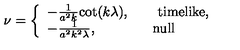
\nu = \left\{ \begin{array} { l } { - \frac { 1 } { a ^ { 2 } k } { \cot } ( k \lambda ) , \qquad \mathrm { t i m e l i k e } , } \\ { - \frac { 1 } { a ^ { 2 } k ^ { 2 } \lambda } , \qquad \qquad \mathrm { n u l l } } \\ \end{array} \right.